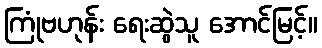
ကြုံဗဟုန်း ရေးဆွဲသူ အောင်မြင့်။